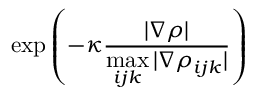
\mathrm { e x p } \left( - \kappa \frac { | \nabla \rho | } { \underset { i j k } { \mathrm { m a x } } \, | \nabla \rho _ { i j k } | } \right)